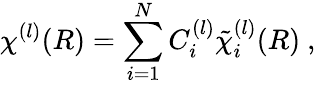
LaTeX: \chi^{(l)}(R)=\sum_{i=1}^{N}C_{i}^{(l)}{\tilde{\chi}}_{i}^{(l)}(R)\ ,